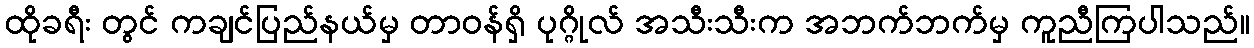
ထိုခရီး တွင် ကချင်ပြည်နယ်မှ တာဝန်ရှိ ပုဂ္ဂိုလ် အသီးသီးက အဘက်ဘက်မှ ကူညီကြပါသည်။